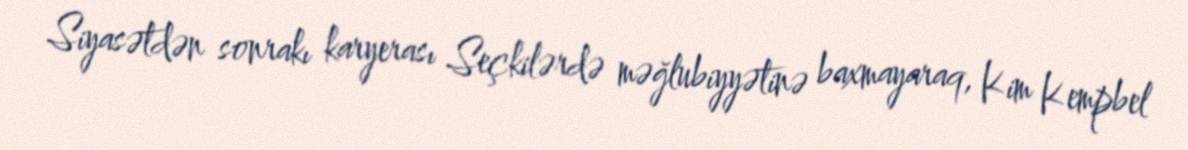
Siyasətdən sonrakı karyerası Seçkilərdə məğlubiyyətinə baxmayaraq, Kim Kempbel